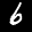
Label: 6